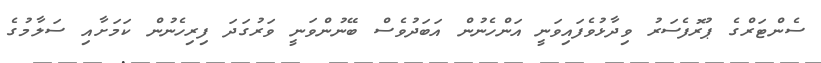
ސެންޓަރްގެ ޕުރޮފެސަރު ވިދާޅުވެފައިވަނީ އަންހެނުން އަބަދުވެސް ބޭނުންވަނީ ވަރުގަދަ ފިރިހެނުން ކަމަށާއި ސަލާމުގެ